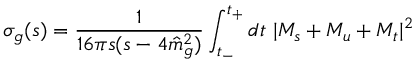
\sigma _ { g } ( s ) = { \frac { 1 } { 1 6 \pi s ( s - 4 { \hat { m } } _ { g } ^ { 2 } ) } } \int _ { t _ { - } } ^ { t _ { + } } d t \ \vert M _ { s } + M _ { u } + M _ { t } \vert ^ { 2 }